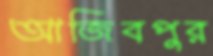
আজিবপুর